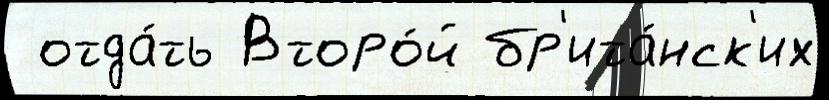
 отда́ть Второ́й бр'ита́нск'их